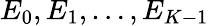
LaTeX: E_{0},E_{1},\dots,E_{K-1}